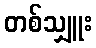
တစ်သျှူး